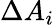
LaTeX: \Delta A_{i}